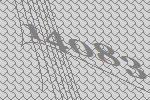
14083